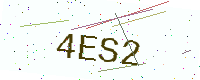
Text: 4ES2